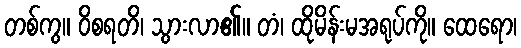
တစ်ကွ။ ဝိစရတိ၊ သွားလာ၏။ တံ၊ ထိုမိန်းမအရုပ်ကို။ ထေရော၊